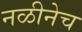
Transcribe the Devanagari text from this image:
नळीनेच